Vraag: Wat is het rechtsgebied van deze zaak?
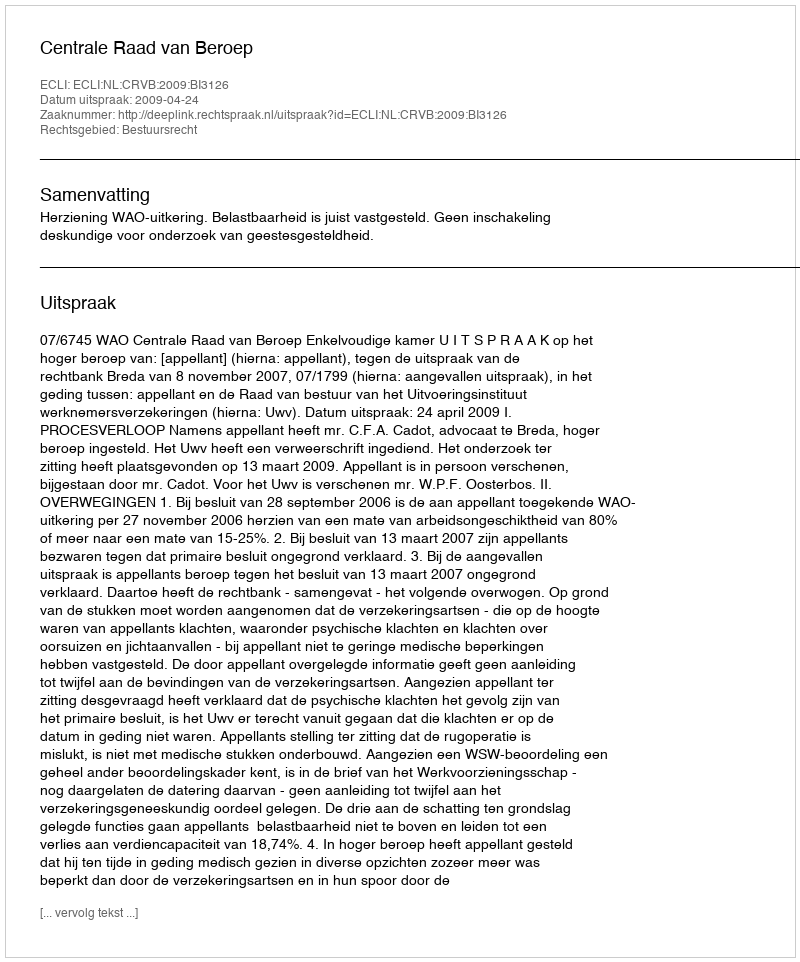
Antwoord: Bestuursrecht